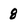
Character: 8